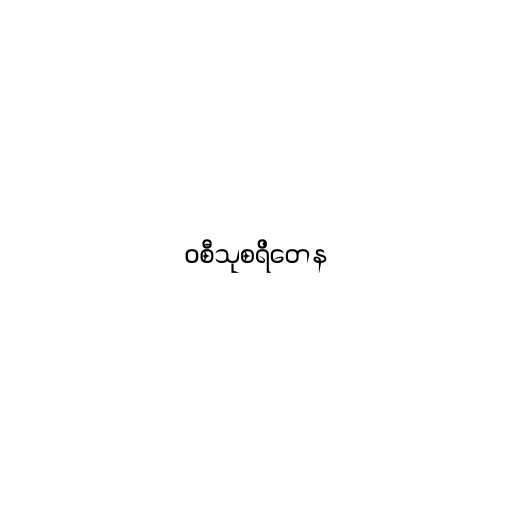
ဝစီသုစရိတေန